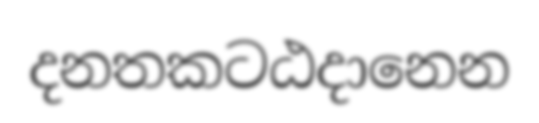
දනතකටඨදානෙන